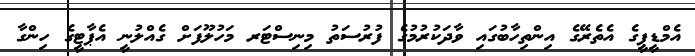
އެމްޑީޕީގެ އެތެރޭގެ އިންތިހާބުގައި ވާދަކުރުމުގެ ފުރުސަތު މިނިސްޓަރ މަހުލޫފަށް ގެއްލުނީ އެޕާޓީގެ ހިންގާ